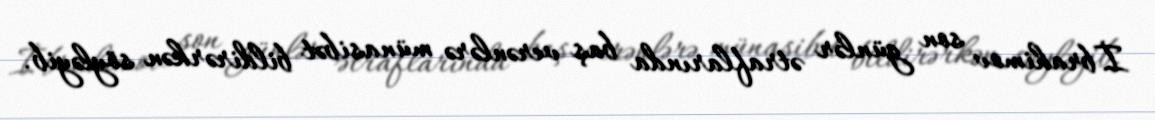
İbrahimov son günlər ətraflarında baş verənlərə münasibət bildirərkən söyləyib.